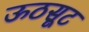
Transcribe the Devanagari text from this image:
ऊठसूट